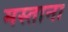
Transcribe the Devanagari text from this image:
मस्‍ताना